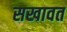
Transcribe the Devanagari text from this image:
सखावत